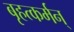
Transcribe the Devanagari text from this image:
बृहत्कर्मन्